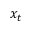
x _ { t }